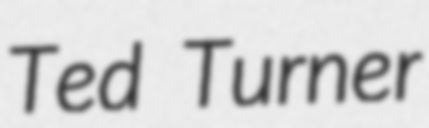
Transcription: Ted Turner